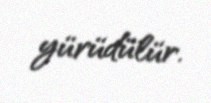
yürüdülür.